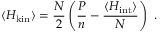
\langle H _ { \mathrm { k i n } } \rangle = \frac { N } { 2 } \left( \frac { P } { n } - \frac { \langle H _ { \mathrm { i n t } } \rangle } { N } \right) \ .